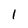
Character: 1